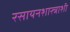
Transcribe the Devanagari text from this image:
रसायनशास्त्राशी